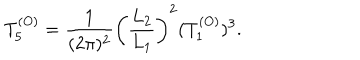
LaTeX: T _ { 5 } ^ { ( O ) } = { \frac { 1 } { ( 2 \pi ) ^ { 2 } } } \left( { \frac { L _ { 2 } } { L _ { 1 } } } \right) ^ { 2 } ( T _ { 1 } ^ { ( O ) } ) ^ { 3 } .